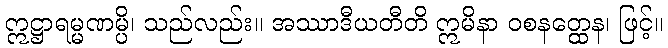
ဣဋ္ဌာရမ္မဏမ္ပိ၊ သည်လည်း။ အဿာဒီယတီတိ ဣမိနာ ဝစနတ္ထေန၊ ဖြင့်။